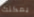
يمكنك